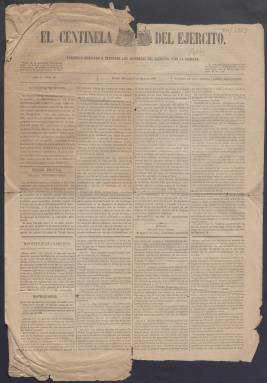
Título: El Centinela del ejército
Colección: Fuerzas armadas
Ámbito geográfico: Madrid
Lugar de publicación: Madrid
Fechas: 09/06/1866-09/06/1866